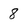
Character: 8